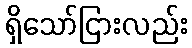
ရှိသော်ငြားလည်း